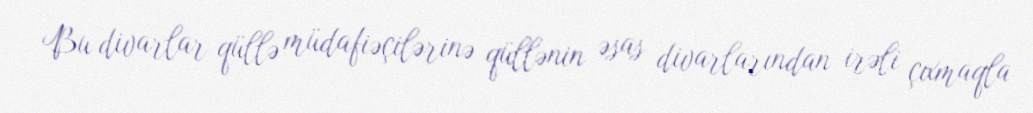
Bu divarlar qüllə müdafiəçilərinə qüllənin əsas divarlarından irəli çıxmaqla